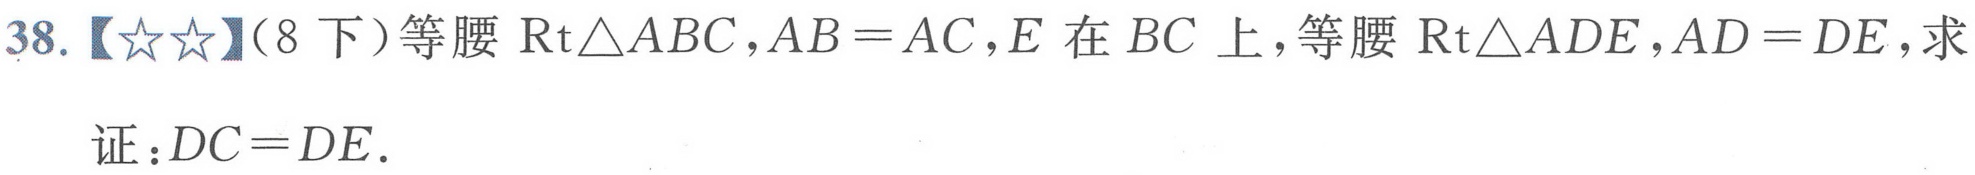
38.【★★】（8下）等腰\(\text{Rt}\triangle ABC\)，\(AB = AC\)，\(E\)在 \(BC\)上，等腰\(\text{Rt}\triangle ADE\)，\(AD = DE\)，求
证：\(DC = DE\).